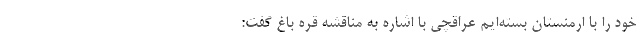
خود را با ارمنستان بسته‌ایم عراقچی با اشاره به مناقشه قره باغ گفت: